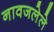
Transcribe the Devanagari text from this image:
नावजलेले